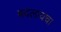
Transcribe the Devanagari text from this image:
बदलायचा